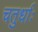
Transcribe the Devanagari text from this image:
चतुर्धाः